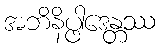
အဘိနိပ္ဖါဒေန္တဿ